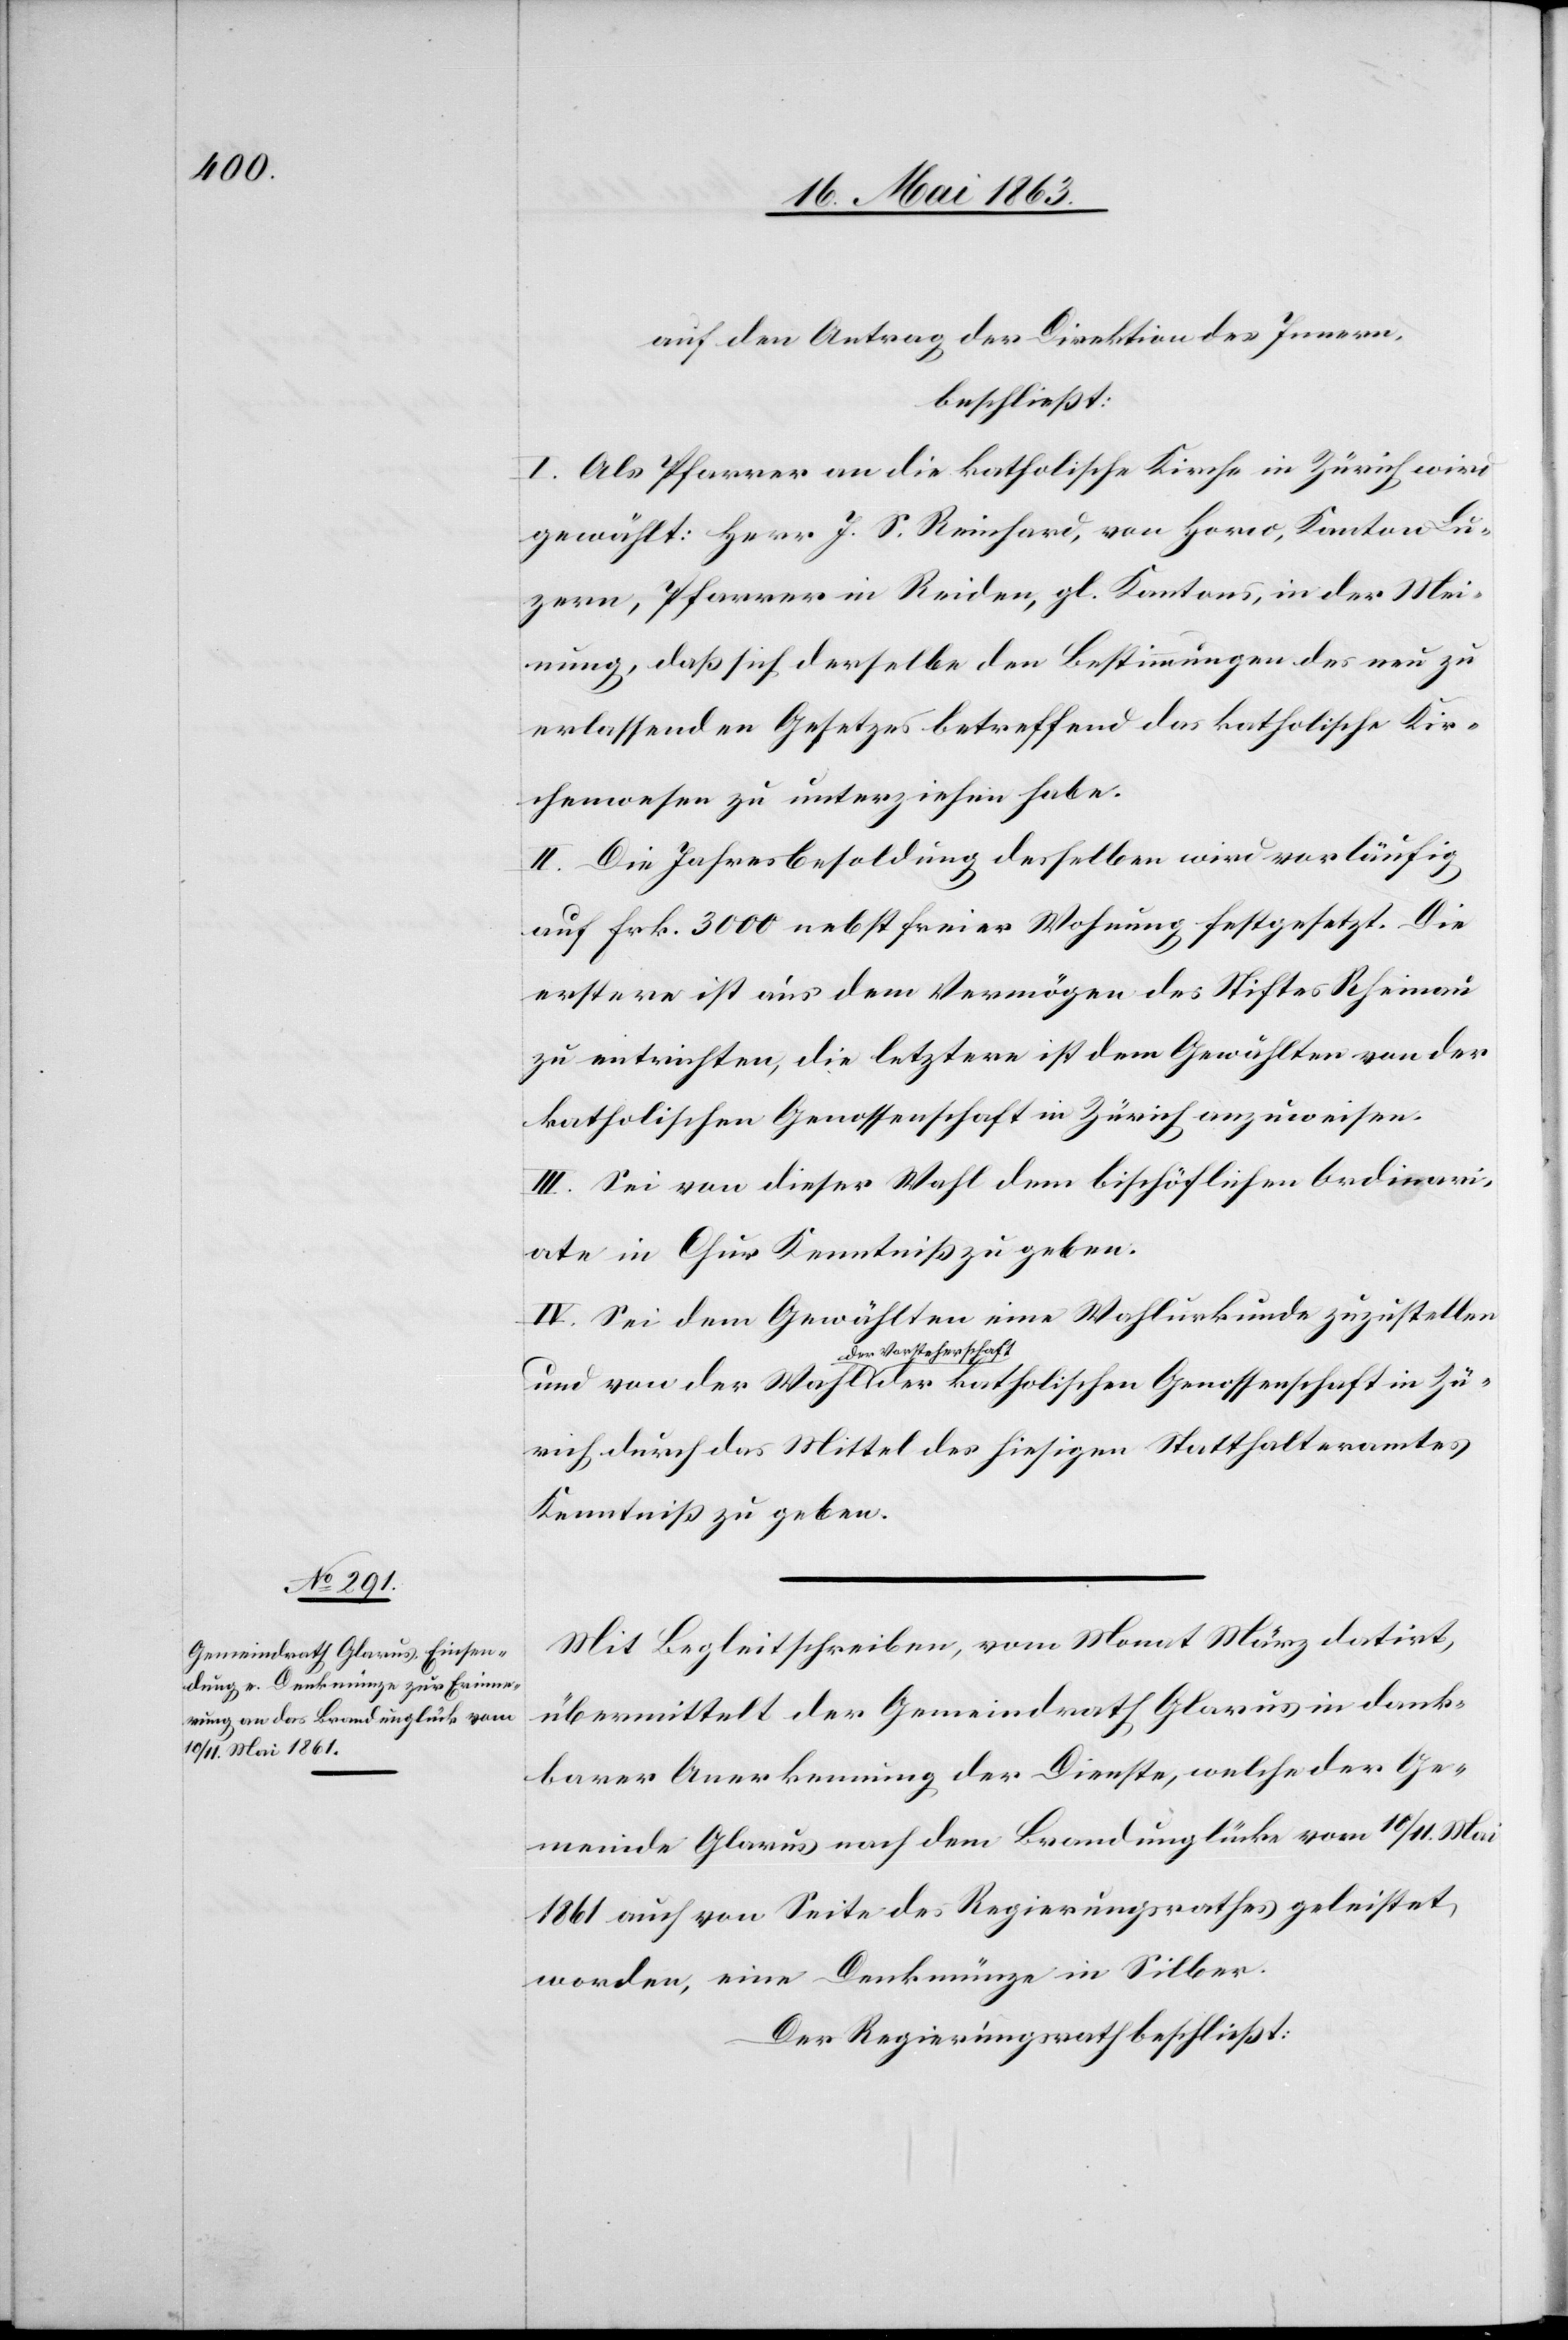
auf den Antrag der Direktion des Innern,
beschließt:
I. Als Pfarrer an die katholische Kirche in Zürich wird
gewählt: Herr J. S. Reinhard, von Horw, Kanton Lu¬
zern, Pfarrer in Reiden, gl. Kantons, in der Mei¬
nung, daß sich derselbe den Bestimmungen des neu zu
erlassenden Gesetzes betreffend das katholische Kir¬
chenwesen zu unterziehen habe.
II. Die Jahresbesoldung desselben wird vorläufig
auf Frk. 3000 nebst freier Wohnung festgesetzt. Die
erstere ist aus dem Vermögen des Stiftes Rheinau
zu entrichten, die letztere ist dem Gewählten von der
katholischen Genossenschaft in Zürich durch
III. Sei von dieser Wahl dem bischöflichen Ordinari¬
ate in Chur Kenntniß zu geben.
IV. Sei dem Gewählten eine Wahlurkunde zuzustellen
a-der Vorsteherschaft-a
Kenntniß zu geben.
Mit Begleitschreiben, vom Monat März datirt,
übermittelt der Gemeindrath Glarus in dank¬
barer Anerkennung der Dienst, welche der Ge¬
meinde Glarus nach dem Brandunglücke vom 10/11. Mai
1861 auch von Seite des Regierungsrathes geleistet
worden, eine Denkmünze in Silber.
Der Regierungsrath beschließt: